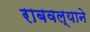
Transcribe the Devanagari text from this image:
राबवल्याने